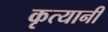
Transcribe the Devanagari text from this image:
कृत्यानी